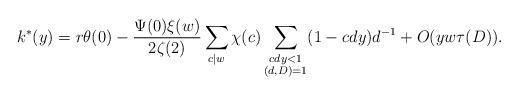
LaTeX: \begin{align*} k^*(y)=r\theta(0)-\frac{\Psi(0)\xi(w)}{2\zeta(2)}\sum_{c\mid w}\chi(c)\sum_{\substack{cdy<1\\ (d,D)=1}} (1-cdy)d^{-1}+O(yw\tau(D)).\end{align*}